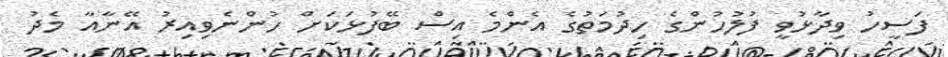
ފަސީހު ވިދާޅުވީ ފުލުހުންގެ ހިދުމަތުގެ އެންމެ އިސް ބޭފުޅަކަށް ހުންނެވިއިރު އޭނާއާ މެދު